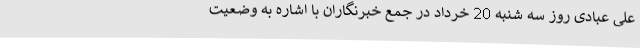
علی عبادی روز سه شنبه 20 خرداد در جمع خبرنگاران با اشاره به وضعیت